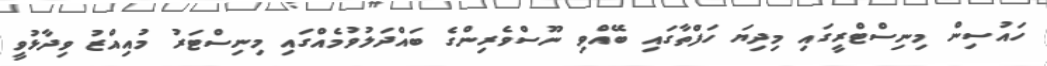
ހައުސިން މިނިސްޓްރީގައި މިދިޔަ ހަފްތާގައި ބޭއްވި ނޫސްވެރިންގެ ބައްދަލުވުމެއްގައި މިނިސްޓަރު މުއިއްޒު ވިދާޅުވީ